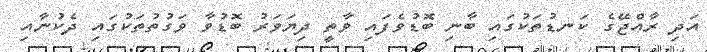
އަދި ރާއްޖޭގެ ކަނޑުތަކުގައި ބާނި ބޮޑުވެފައި ވާތީ ދިޔަވަރު ބޮޑުވާ ވަގުތުތަކުގައި ދެކުނާއި